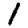
Digit: 1